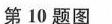
第10题图